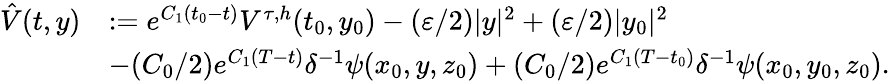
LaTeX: \begin{array}{rl}{\hat{V}(t,y)}&{:=e^{C_{1}(t_{0}-t)}V^{\tau,h}(t_{0},y_{0})-(\varepsilon/2)|y|^{2}+(\varepsilon/2)|y_{0}|^{2}}\\ &{-(C_{0}/2)e^{C_{1}(T-t)}\delta^{-1}\psi(x_{0},y,z_{0})+(C_{0}/2)e^{C_{1}(T-t_{0})}\delta^{-1}\psi(x_{0},y_{0},z_{0}).}\end{array}